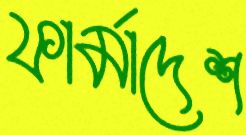
ফার্মাদেশ